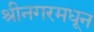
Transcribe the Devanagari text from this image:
श्रीनगरमधून